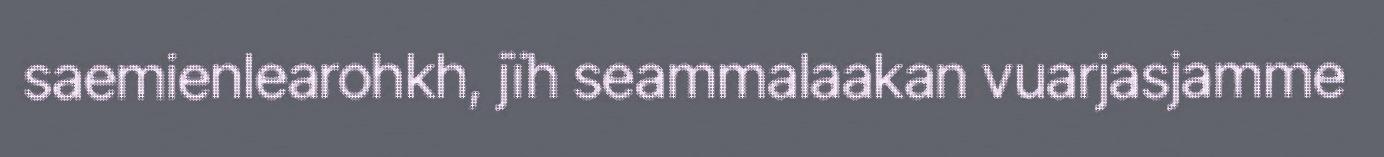
saemienlearohkh, jïh seammalaakan vuarjasjamme